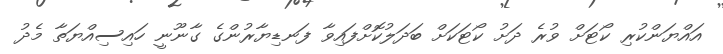
އައްޔަންކުރި ކޯޓަށް ވުރެ ދަށު ކޯޓަކަށް ބަދަލުކޮށްފައިވާ ފަނޑިޔާރުންގެ ގާނޫނީ ހައިސިއްޔަތާ މެދު